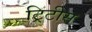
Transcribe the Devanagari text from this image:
ट्रिटीस